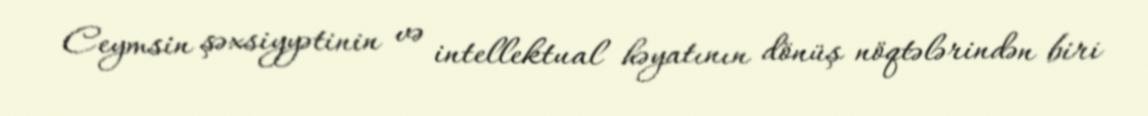
Ceymsin şəxsiyyətinin və intellektual həyatının dönüş nöqtələrindən biri